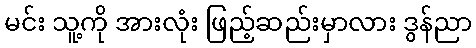
မင်း သူ့ကို အားလုံး ဖြည့်ဆည်းမှာလား ဒွန်ညာ